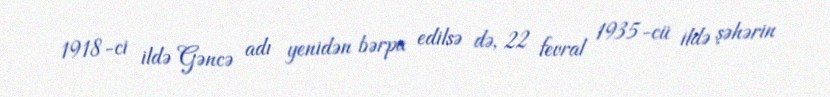
1918-ci ildə Gəncə adı yenidən bərpa edilsə də, 22 fevral 1935-cü ildə şəhərin